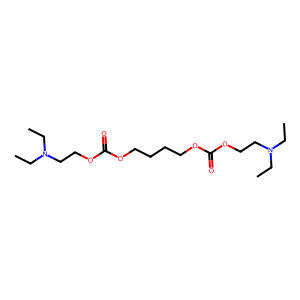
SMILES: CCN(CC)CCOC(=O)OCCCCOC(=O)OCCN(CC)CC
Inhibits HIV replication: No